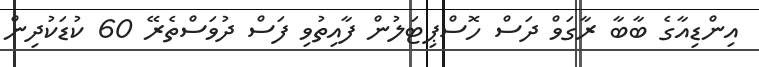
އިންޑިއާގެ ބާބާ ރާގަވް ދަސް ހޮސްޕިޓަލުން ފާއިތުވި ފަސް ދުވަސްތެރޭ 60 ކުޑަކުދިން